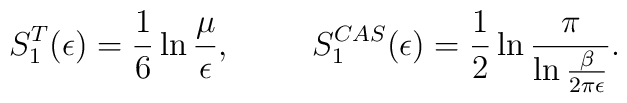
S_1^T(\epsilon)=\frac 16\ln{\mu \over \epsilon} ,\hspace{1cm}S_1^{CAS}(\epsilon)=\frac 12\ln{\pi \over \ln{\beta \over2\pi\epsilon}} .